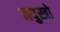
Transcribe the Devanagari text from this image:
नयुस्त्रो